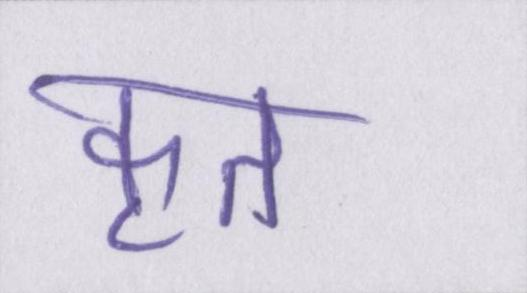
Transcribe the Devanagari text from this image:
कृत